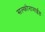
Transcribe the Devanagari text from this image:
सल्फोनामाईड